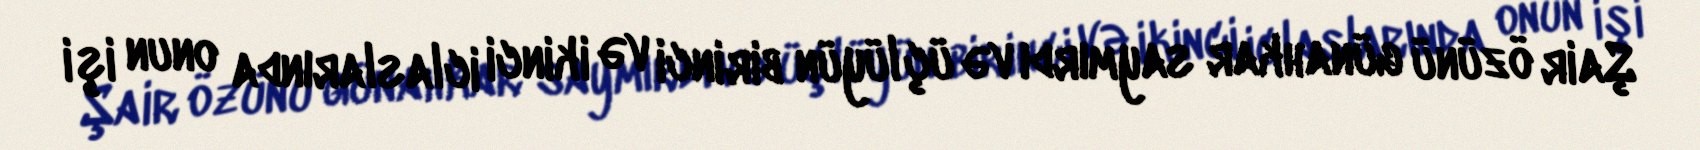
Şair özünü günahkar saymırdı və üçlüyün birinci və ikinci iclaslarında onun işi